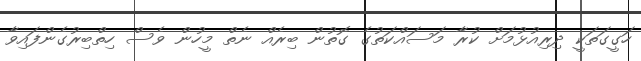
ހަގީގަތަކީ ދިރިއުޅުމަށް ކުރާ މަސައްކަތުގެ ގޮތުން ބިރެއް ނެތް މީހުން ވެސް ހިތްބިރުގެންފައިވާ